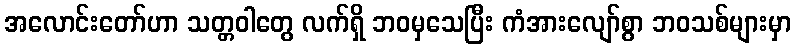
အလောင်းတော်ဟာ သတ္တဝါတွေ လက်ရှိ ဘဝမှသေပြီး ကံအားလျော်စွာ ဘဝသစ်များမှာ